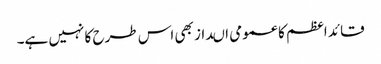
قائد اعظم کا عمومی اںداز بھی اس طرح کا نہیں ہے۔